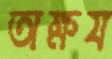
অক্ষয